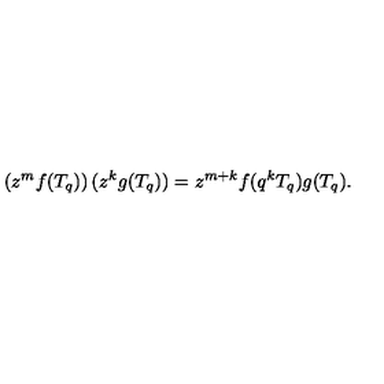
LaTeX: \left( z ^ { m } f ( T _ { q } ) \right) ( z ^ { k } g ( T _ { q } ) ) = z ^ { m + k } f ( q ^ { k } T _ { q } ) g ( T _ { q } ) .